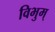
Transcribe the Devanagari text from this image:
विभुम्